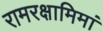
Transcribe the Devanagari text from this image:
रामरक्षामिमां